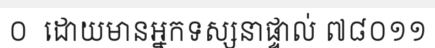
០  ដោយមានអ្នកទស្សនាផ្ទាល់ ៧៨០១១